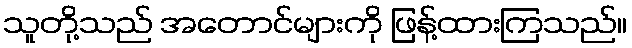
သူတို့သည် အတောင်များကို ဖြန့်ထားကြသည်။